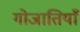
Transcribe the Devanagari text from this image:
गोजातियाँ